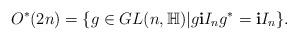
LaTeX: \begin{align*} O^{*}(2n)=\{g\in GL(n,\mathbb{H)}|g\textbf{i}I_{n}g^{*}=\textbf{i}I_{n}\}.\end{align*}